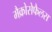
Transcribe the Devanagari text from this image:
मैक्रोसेफैलस